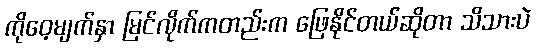
ကိုဝေ့မျက်နှာ မြင်လိုက်ကတည်းက ဖြေနိုင်တယ်ဆိုတာ သိသားပဲ